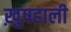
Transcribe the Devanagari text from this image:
ख़ुषहाली